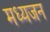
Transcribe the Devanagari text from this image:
मध्यजन